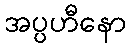
အပ္ပဟီနော